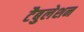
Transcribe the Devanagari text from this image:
टैबुलेशन